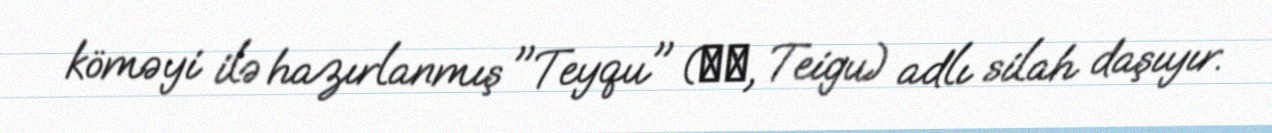
köməyi ilə hazırlanmış "Teyqu" (帝具, Teigu) adlı silah daşıyır.